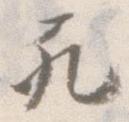
死